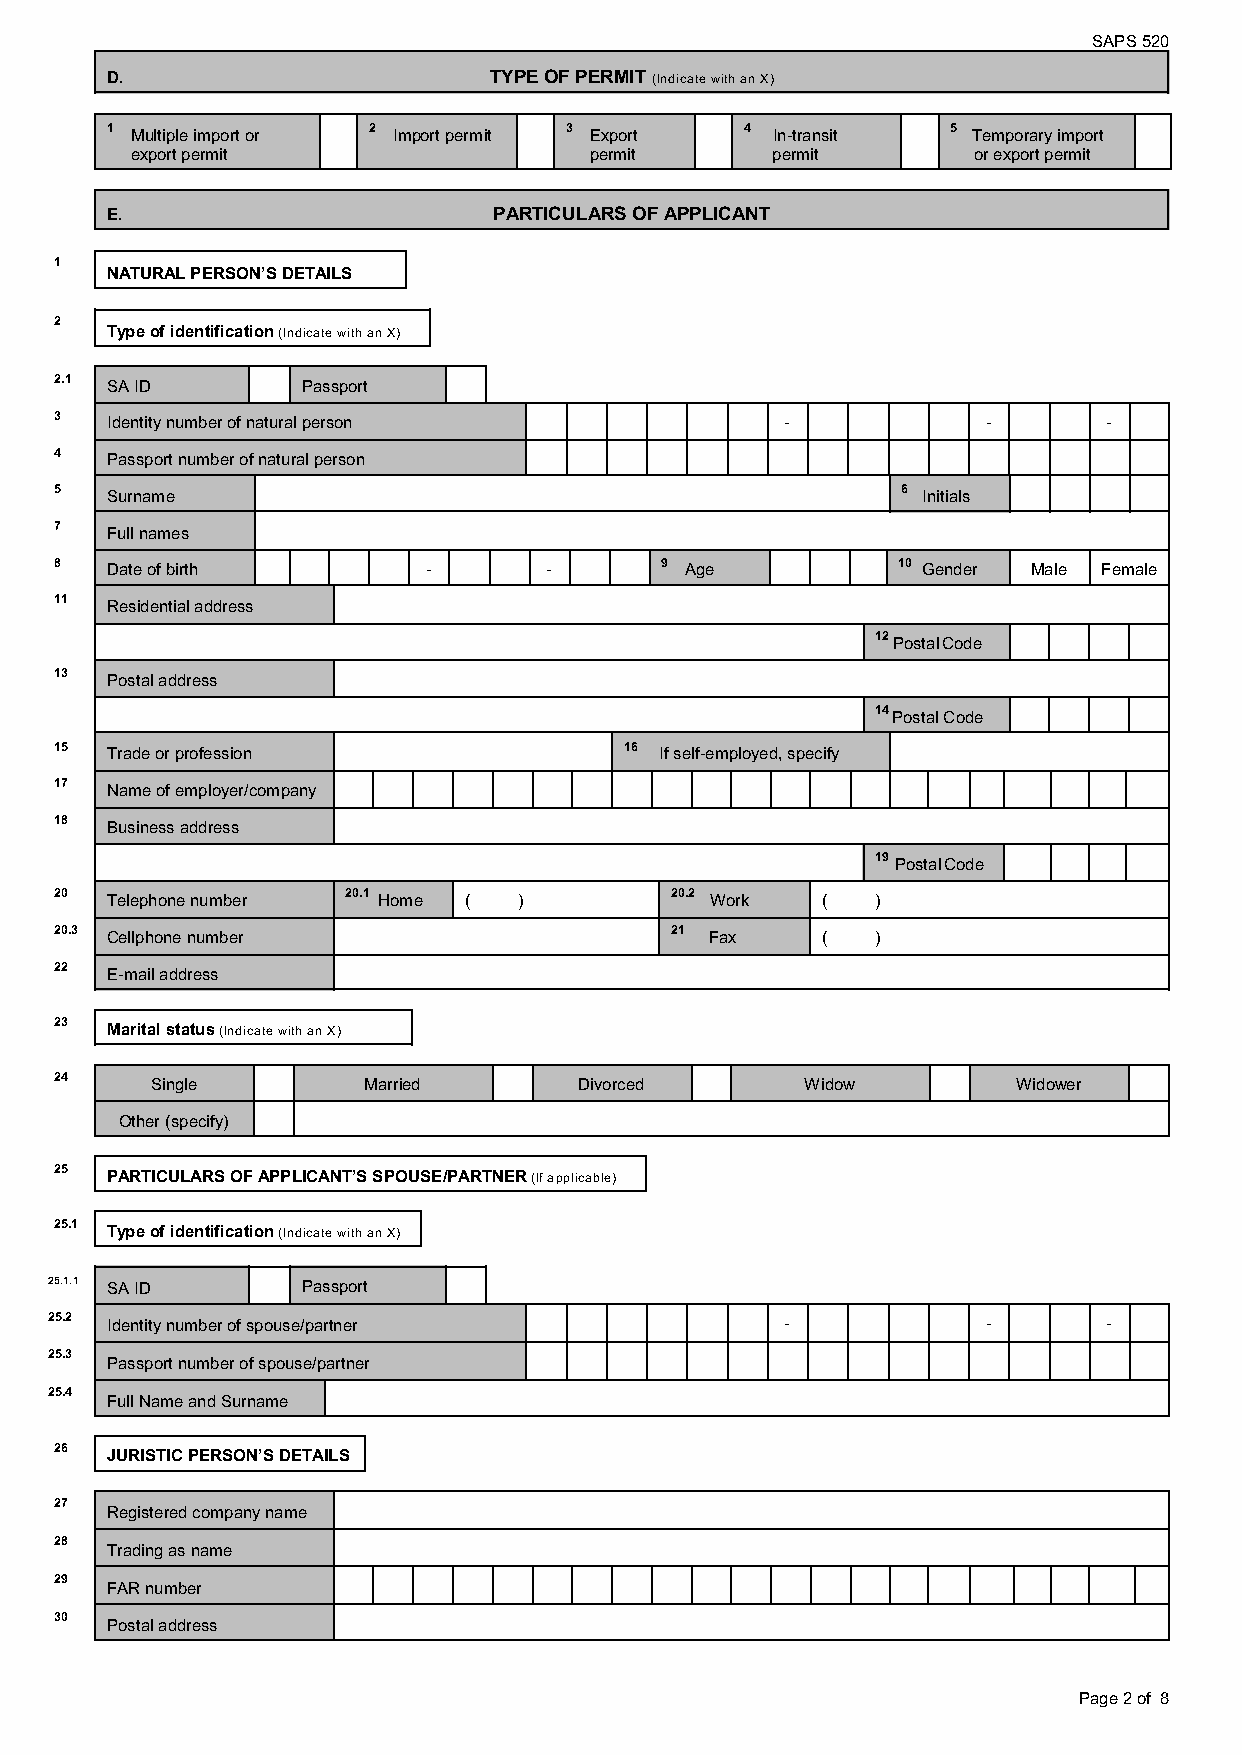
SAPS 520
 D.                       TYPE OF PERMIT (Indicate with an X)
 1 Multiple import or 2 Import permit 3 Export 4 In-transit 5 Temporary import
 export permit                 permit      permit       or export permit
 E.                        PARTICULARS OF APPLICANT
 1
 NATURAL PERSON’S DETAILS
 2
 Type of identification (Indicate with an X)
 2.1 SA ID       Passport
 3  Identity number of natural person            -            -       -
 4  Passport number of natural person
 5  Surname                                              6 Initials
 7  Full names
 8  Date of birth        -       -       9 Age          10 Gender Male Female
 11 Residential address
 12 Postal Code
 13 Postal address
 14 Postal Code
 15 Trade or profession               16 If self-employed, specify
 17 Name of employer/company
 18 Business address
 19 Postal Code
 20 Telephone number 20.1 Home ( )       20.2 Work (   )
 20.3 Cellphone number                   21 Fax    (   )
 22 E-mail address
 23 Marital status (Indicate with an X)
 24    Single        Married       Divorced       Widow         Widower
 Other (specify)
 25 PARTICULARS OF APPLICANT’S SPOUSE/PARTNER (If applicable)
 25.1 Type of identification (Indicate with an X)
 25.1.1 SA ID     Passport
 25.2 Identity number of spouse/partner           -            -       -
 25.3
 Passport number of spouse/partner
 25.4
 Full Name and Surname
 26 JURISTIC PERSON’S DETAILS
 27
 Registered company name
 28
 Trading as name
 29
 FAR number
 30
 Postal address
 Page 2 of 8